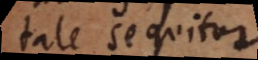
tale sequitur.